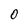
Character: 0